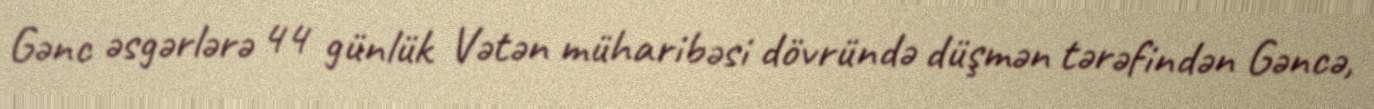
Gənc əsgərlərə 44 günlük Vətən müharibəsi dövründə düşmən tərəfindən Gəncə,